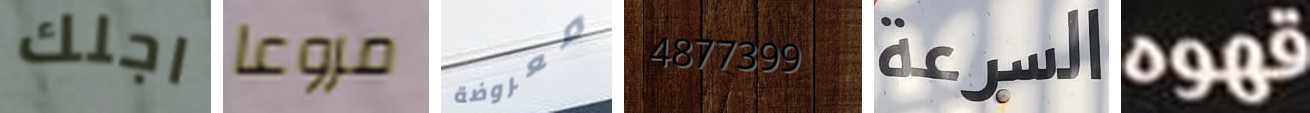
اجلك مروعا معروضة 4877399 السرعة قهوه